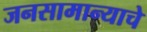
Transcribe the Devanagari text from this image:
जनसामान्याचे